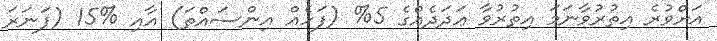
އަށްވުރެ އިތުރުވާނަމަ އިތުރުވާ ޢަދަދެއްގެ 5% (ފަހެއް އިންސައްތަ) އާއި %15 (ފަނަރަ